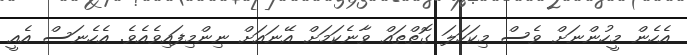
އެހެން މީހުންނަށް ވެސް މިކަހަލަ ގޮތްތައް ވާނެކަމަށް އޭނައަށް ނިންމިފައިވެއެވެ. އެހެނަސް އެއީ